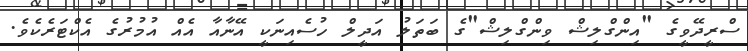
ސްރީދޭވީގެ "އިންގްލިޝް ވިންގްލިޝް"ގެ ބަތަލު އަދީލް ހުސެއިނަކީ އޭނާއާ އެއް އުމުުރުގެ އެކްޓަރެކެވެ.